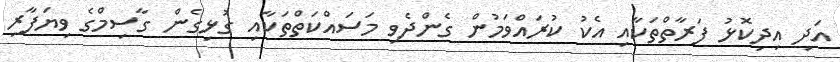
އަދި އިދިކޮޅު ފަރާތްތަކާއި އެކު ކުރައްވަމުން ގެންދެވި މަސައްކަތްތަކާއި ގުޅިގެން ގާސިމްގެ ވިޔަފާރި